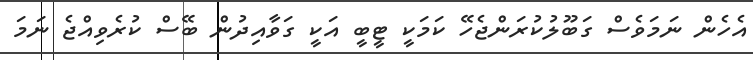
އެހެން ނަމަވެސް ގަބޫލުކުރަންޖެހޭ ކަމަކީ ޓީބީ އަކީ ގަވާއިދުން ބޭސް ކުރެވިއްޖެ ނަމަ